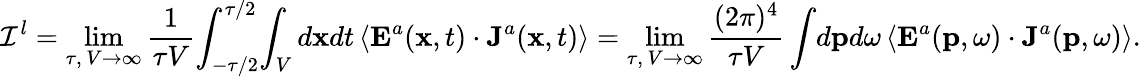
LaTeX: {\cal I}^{l}=\operatorname*{lim}_{\tau,\, V\rightarrow\infty}\frac{1}{\tau V}\! \int_{-\tau/2}^{\tau/2}\! \int_{V}d{\mathbf x}dt\, \langle{\mathbf E}^{a}({\mathbf x},t)\cdot{\mathbf J}^{a}({\mathbf x},t)\rangle=\operatorname*{lim}_{\tau,\, V\rightarrow\infty}\frac{(2\pi)^{4}}{\tau V}\int\! d{\mathbf p}d\omega\, \langle{\mathbf E}^{a}({\mathbf p},\omega)\cdot{\mathbf J}^{a}({\mathbf p},\omega)\rangle.